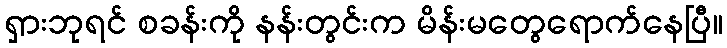
ရှားဘုရင် စခန်းကို နန်းတွင်းက မိန်းမတွေရောက်နေပြီ။